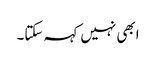
ابھی نہیں کہہ سکتا۔